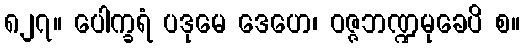
၈၂၇။ ပေါက္ခရံ ပဒုမေ ဒေဟေ၊ ဝဇ္ဇဘဏ္ဍမုခေပိ စ။